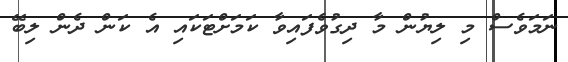
ނަމަވެސް މި ލިޔުން މާ ދިގުވެފައިވާ ކަމަށްޓަކައި އެ ކަން ދެން ލިބޭ